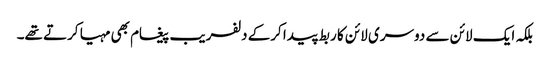
بلکہ ایک لائن سے دوسری لائن کا ربط پیدا کرکے دلفریب پیغام بھی مہیا کرتے تھے۔